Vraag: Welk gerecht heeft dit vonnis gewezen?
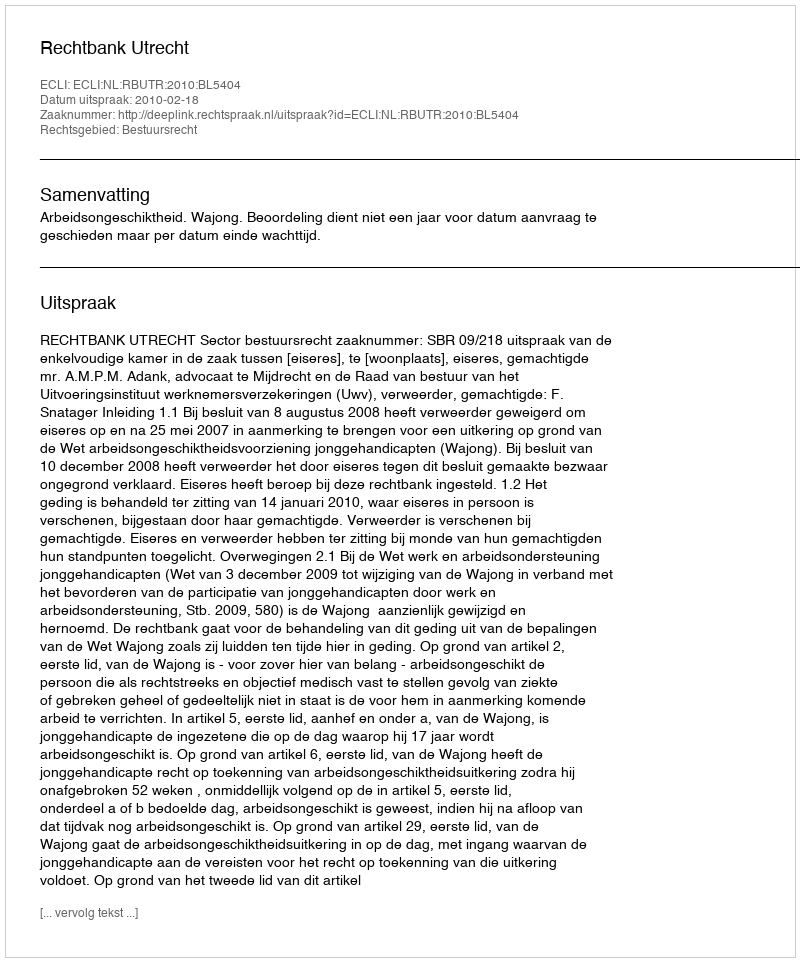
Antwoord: Rechtbank Utrecht